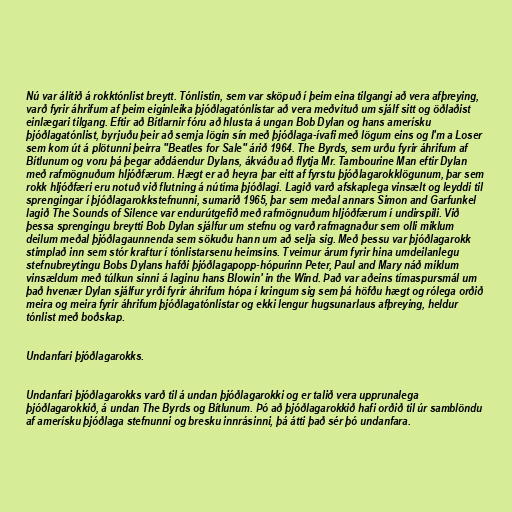
Nú var álitið á rokktónlist breytt. Tónlistin, sem var sköpuð í þeim eina tilgangi að vera afþreying,
varð fyrir áhrifum af þeim eiginleika þjóðlagatónlistar að vera meðvituð um sjálf sitt og öðlaðist
einlægari tilgang. Eftir að Bítlarnir fóru að hlusta á ungan Bob Dylan og hans amerísku
þjóðlagatónlist, byrjuðu þeir að semja lögin sín með þjóðlaga-ívafi með lögum eins og I'm a Loser
sem kom út á plötunni þeirra "Beatles for Sale" árið 1964. The Byrds, sem urðu fyrir áhrifum af
Bítlunum og voru þá þegar aðdáendur Dylans, ákváðu að flytja Mr. Tambourine Man eftir Dylan
með rafmögnuðum hljóðfærum. Hægt er að heyra þar eitt af fyrstu þjóðlagarokklögunum, þar sem
rokk hljóðfæri eru notuð við flutning á nútíma þjóðlagi. Lagið varð afskaplega vinsælt og leyddi til
sprengingar í þjóðlagarokkstefnunni, sumarið 1965, þar sem meðal annars Simon and Garfunkel
lagið The Sounds of Silence var endurútgefið með rafmögnuðum hljóðfærum í undirspili. Við
þessa sprengingu breytti Bob Dylan sjálfur um stefnu og varð rafmagnaður sem olli miklum
deilum meðal þjóðlagaunnenda sem sökuðu hann um að selja sig. Með þessu var þjóðlagarokk
stimplað inn sem stór kraftur í tónlistarsenu heimsins. Tveimur árum fyrir hina umdeilanlegu
stefnubreytingu Bobs Dylans hafði þjóðlagapopp-hópurinn Peter, Paul and Mary náð miklum
vinsældum með túlkun sinni á laginu hans Blowin' in the Wind. Það var aðeins tímaspursmál um
það hvenær Dylan sjálfur yrði fyrir áhrifum hópa í kringum sig sem þá höfðu hægt og rólega orðið
meira og meira fyrir áhrifum þjóðlagatónlistar og ekki lengur hugsunarlaus afþreying, heldur
tónlist með boðskap.

Undanfari þjóðlagarokks.

Undanfari þjóðlagarokks varð til á undan þjóðlagarokki og er talið vera upprunalega
þjóðlagarokkið, á undan The Byrds og Bítlunum. Þó að þjóðlagarokkið hafi orðið til úr samblöndu
af amerísku þjóðlaga stefnunni og bresku innrásinni, þá átti það sér þó undanfara.